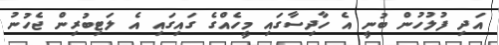
އަދި ފުލުހުން ބުނީ އެ ހާދިސާގައި މީހެއްގެ ގައިގައި އެ ލަޓިބުރިން ޖެހުނު